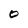
Character: O